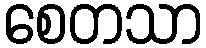
စေတသာ